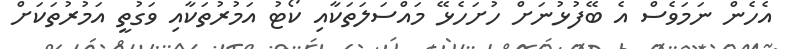
އެހެން ނަމަވެސް އެ ބޭފުޅުނަށް ހުށަހެޅޭ މައްސަލަތަކާއި ކޯޓު އަމުރުތަކާއި ވަގުތީ އަމުރުތަކަށް